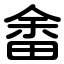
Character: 畬